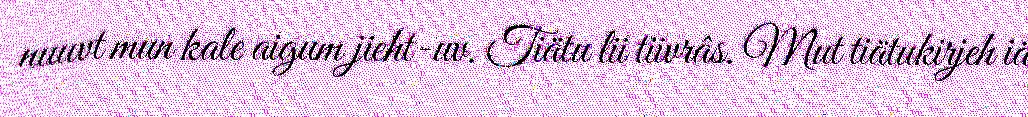
nuuvt mun kale aigum jieht-uv. Tiätu lii tiivrâs. Mut tiätukirjeh iä